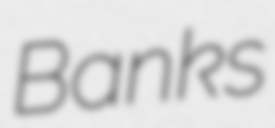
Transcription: Banks